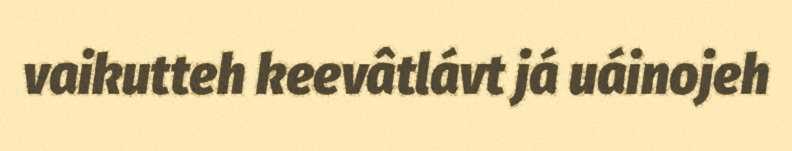
vaikutteh keevâtlávt já uáinojeh